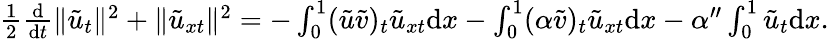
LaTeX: \begin{array}{r}{\frac 12\frac{\mathrm{d}}{\mathrm{d}t}\| \tilde{u}_{t}\| ^{2}+\| {\tilde{u}}_{xt}\| ^{2}=-\int_{0}^{1}(\tilde{u}\tilde{v})_{t}{\tilde{u}}_{xt}{\mathrm{d}x}-\int_{0}^{1}(\alpha\tilde{v})_{t}{\tilde{u}}_{xt}{\mathrm{d}x}-\alpha^{\prime\prime}\int_{0}^{1}{\tilde{u}}_{t}{\mathrm{d}x}.}\end{array}